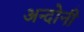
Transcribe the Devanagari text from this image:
अन्दोनी